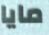
مايا